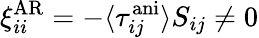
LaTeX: \xi_{ii}^{\mathrm{AR}}=-\langle\tau_{ij}^{\mathrm{ani}}\rangle S_{ij}\neq 0